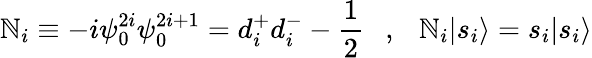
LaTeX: \mathbb{N}_{i}\equiv-i\psi_{0}^{2i}\psi_{0}^{2i+1}=d_{i}^{+}d_{i}^{-}-\frac{{1}}{{2}}~~~,~~~\mathbb{N}_{i}|{s_{i}}\rangle=s_{i}|{s_{i}}\rangle